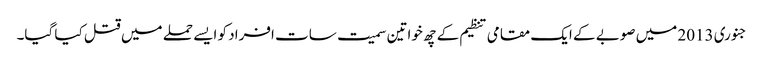
جنوری 2013 میں صوبے کے ایک مقامی تنظیم کے چھ خواتین سمیت سات افراد کو ایسے حملے میں قتل کیا گیا۔